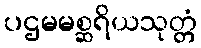
ပဌမမစ္ဆရိယသုတ္တံ